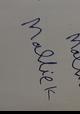
Signature authenticity: forged